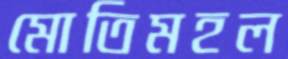
মোতিমহল